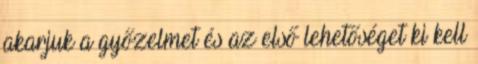
akarjuk a győzelmet és az első lehetőséget ki kell